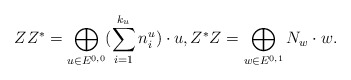
\begin{align*}ZZ^* = \bigoplus _{u\in E^{0,0}} (\sum _{i=1}^{k_u} n_i^u) \cdot u , Z^*Z = \bigoplus_{w\in E^{0,1}} N_w \cdot w .\end{align*}